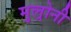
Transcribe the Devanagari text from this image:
मुल्रोनी